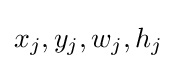
x_{j},y_{j},w_{j},h_{j}